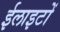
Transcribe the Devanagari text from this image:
ईलाइटों